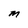
Character: M